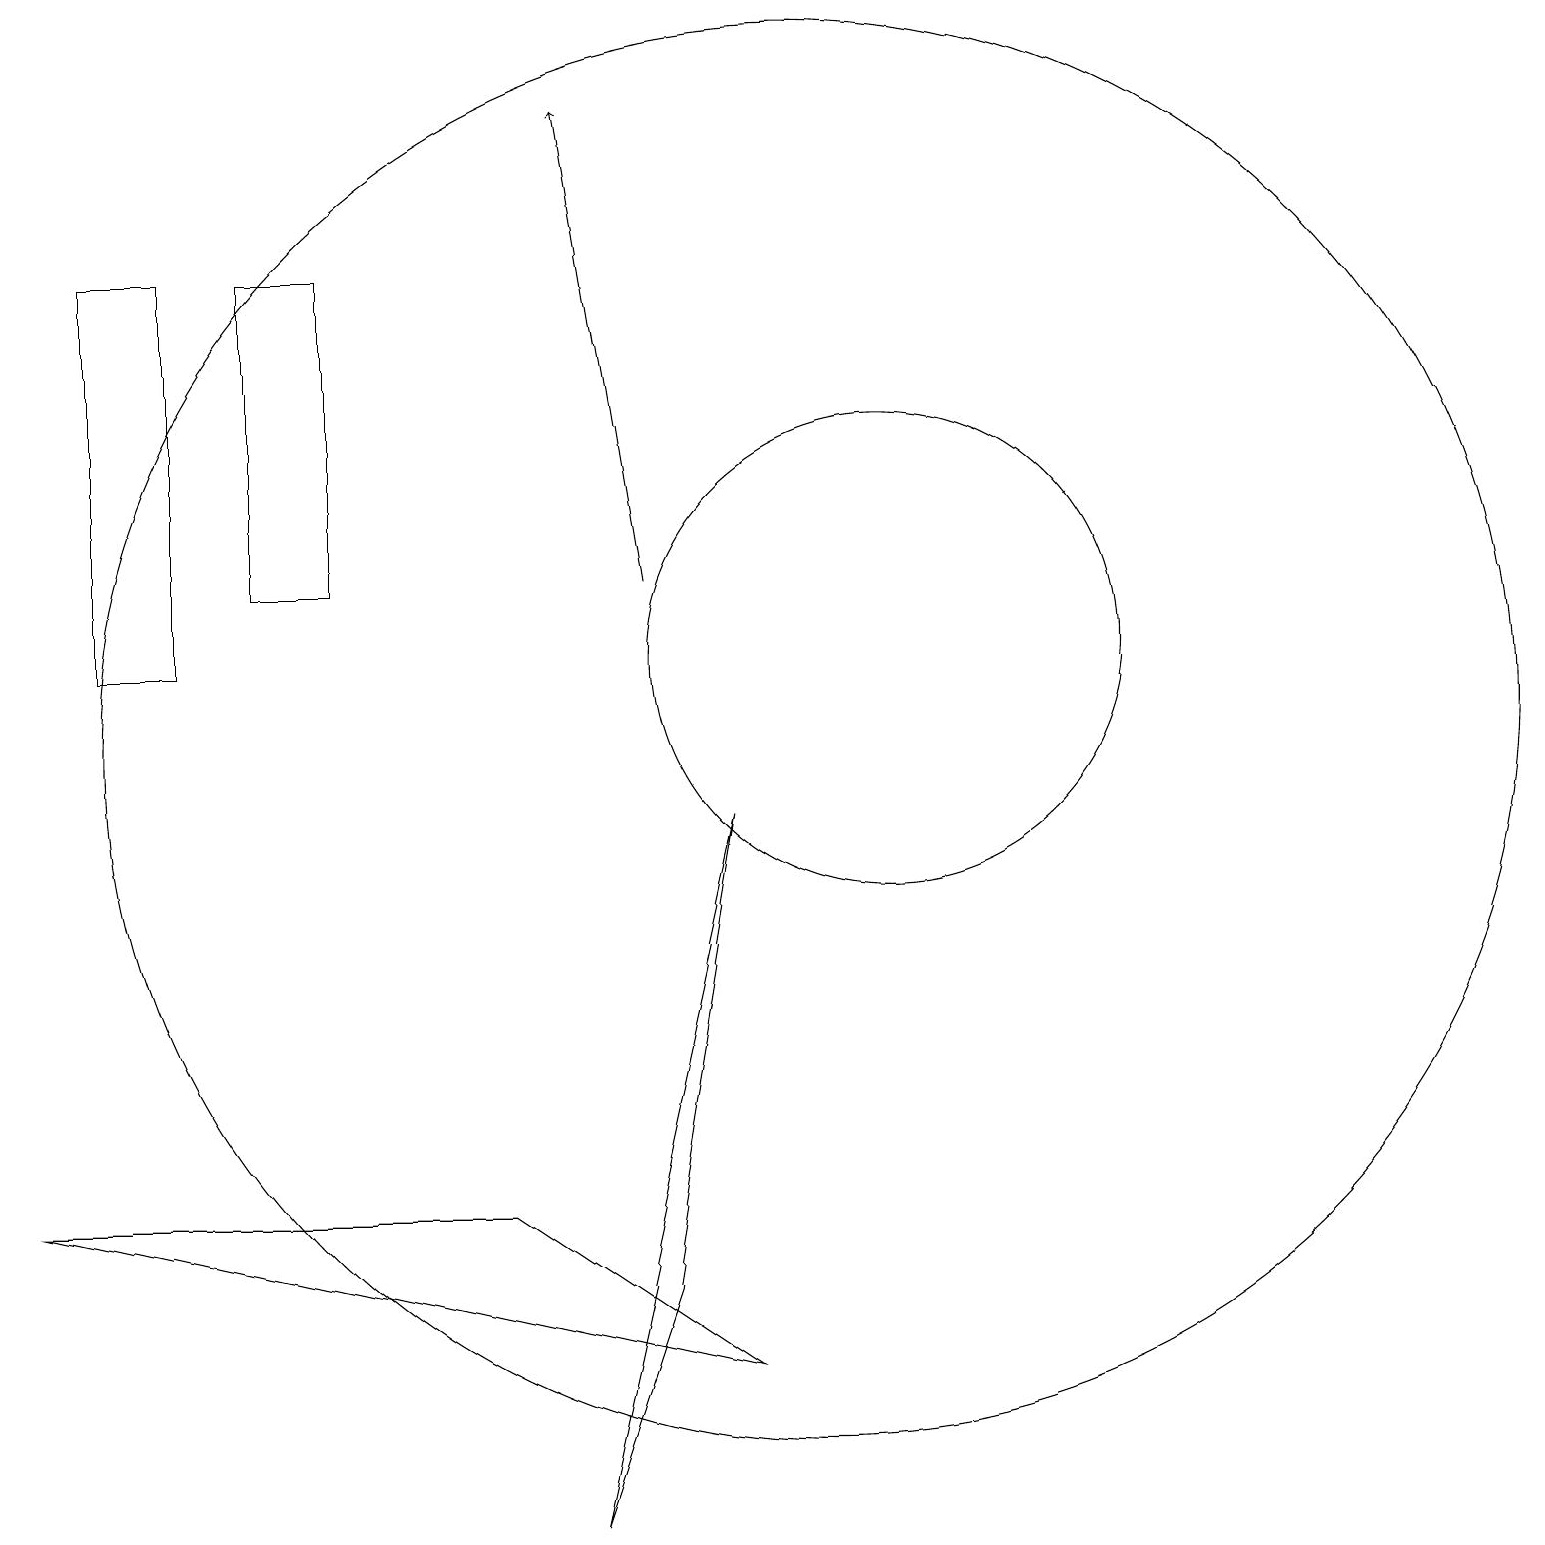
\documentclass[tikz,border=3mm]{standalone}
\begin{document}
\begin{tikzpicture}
\draw[->] (8,12) -- (7,18);
\draw (10,10) circle (9);
\draw (9,9) -- (8,3) -- (7,0) -- cycle;
\draw (6,4) -- (0,4) -- (9,2) -- cycle;
\draw (4,12) rectangle (3,16);
\draw (11,11) circle (3);
\draw (2,16) rectangle (1,11);
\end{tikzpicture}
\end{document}